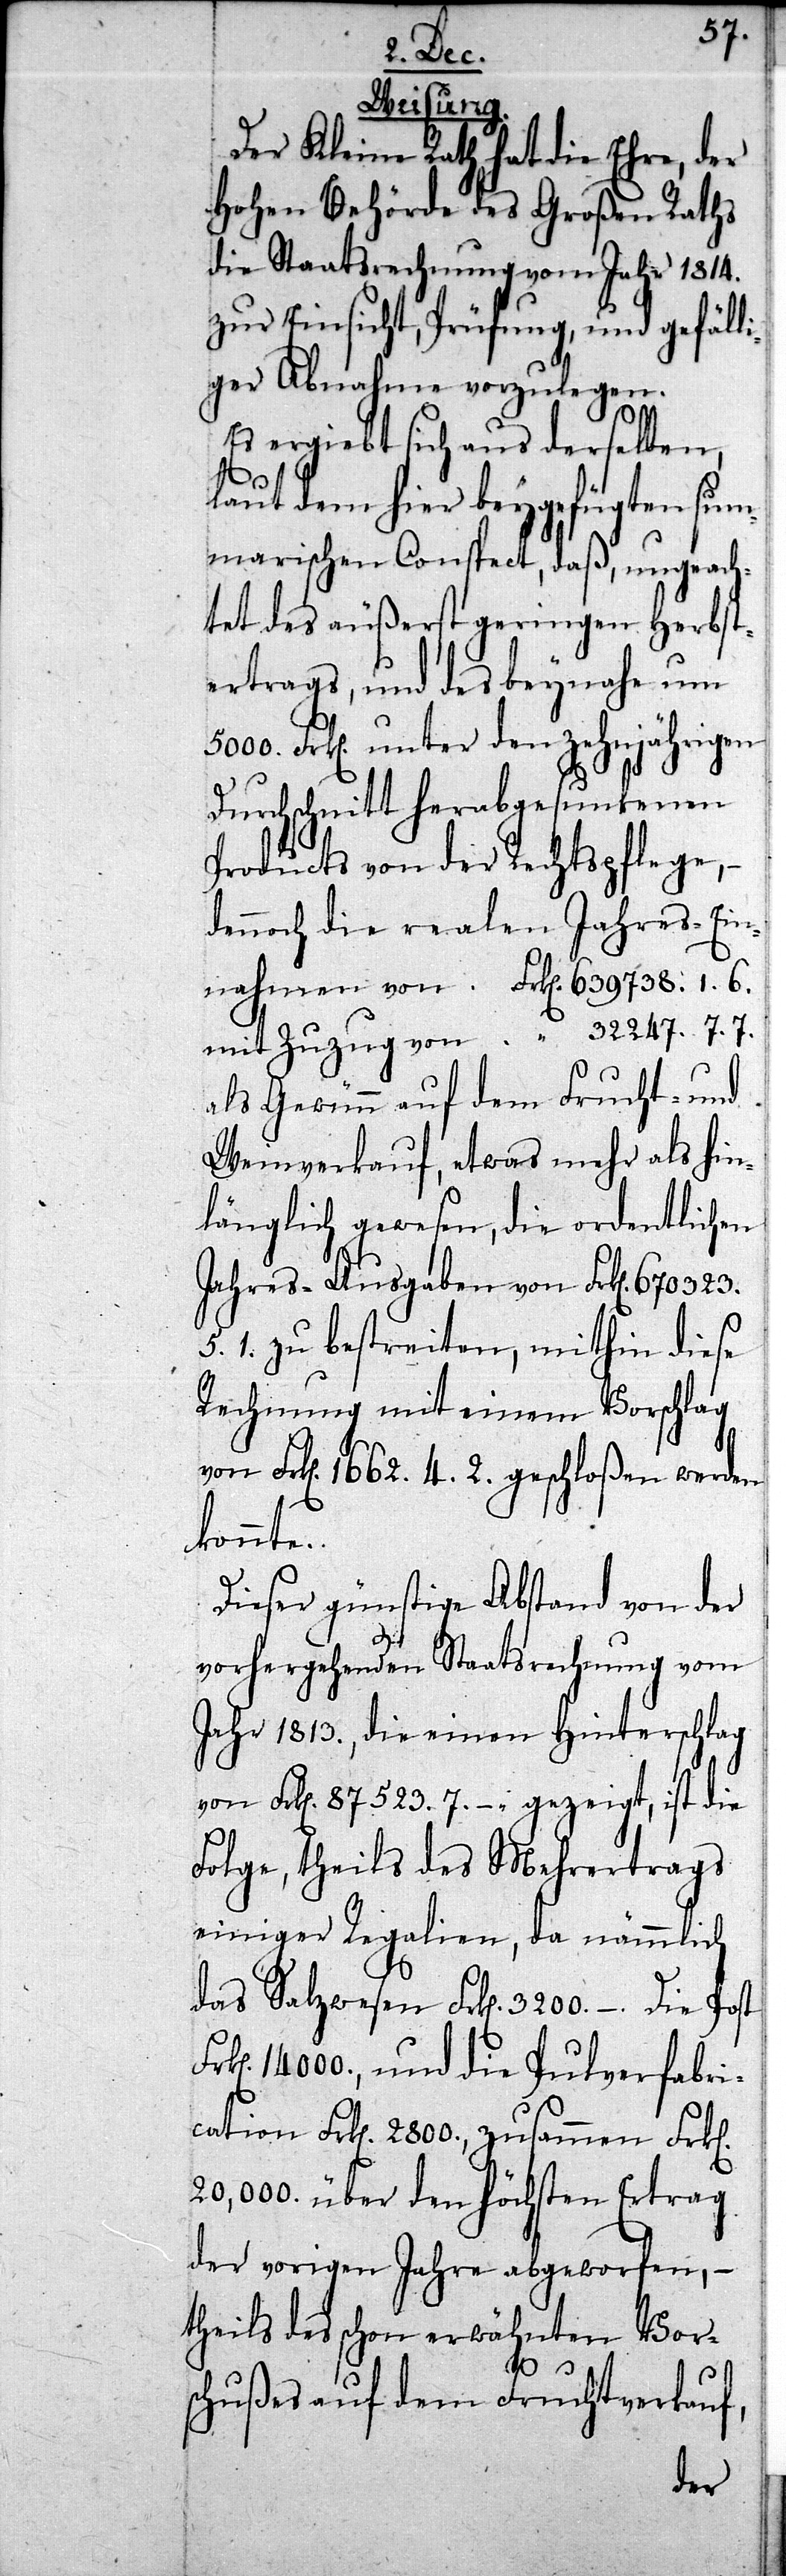
Weisung.
Der Kleine Rath hat die Ehre, der
Hohen Behörde des Großen Raths
die Staatsrechnung vom Jahr 1814.
zur Einsicht, Prüfung, und gefälli¬
ger Abnahme vorzulegen.
Es ergiebt sich aus derselben,
5000.
laut dem hier beygefügten sum¬
marischen Conspect, daß, ungeach¬
tet des äußerst geringen Herbst¬
ertrags, und des beynahe um
Frken unter den zehnjährigen
Durchschnitt herabgesunkenen
Products von der Rechtspflege,
dennoch die realen Jahres-Ein¬
nahmen von	Frken	639738.1.6.
mit Zuzug von	„	32247.7.7.
als Gewinn auf dem Frucht- und
Weinverkauf, etwas mehr als hin¬
länglich gewesen, die ordentlichen
Jahresausgaben von 	Frken	670323.5.1.
zu bestreiten, mithin diese
Rechnung mit einem Vorschlag
konnte.
Dieser günstige Abstand von der
vorhergehenden Staatsrechnung vom
Jahr 1813., die einen Hinterschlag
von Frken 87523.7.–. gezeigt, ist die
Folge, theils des Mehrertrags
einiger Regalien, da nämmlich
das Salzwesen Frken 3200.–. die Post
Frken 14000., und die Pulverfabri¬
cation Frken 2800, zusammen Frken
20,000 über den höchsten Ertrag
der vorigen Jahre abgeworfen, –
theils des schon erwähnten Vor¬
schußes auf dem Fruchtverkauf,